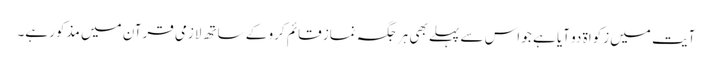
آیت میں زکواۃ دو آیا ہے جو اس سے پہلے بھی ہر جگہ نماز قائم کرو کے ساتھ لازمی قرآن میں مذکور ہے۔